Calcutta medical institutions reports 1879-81 [i.e.91]
Year: 1879
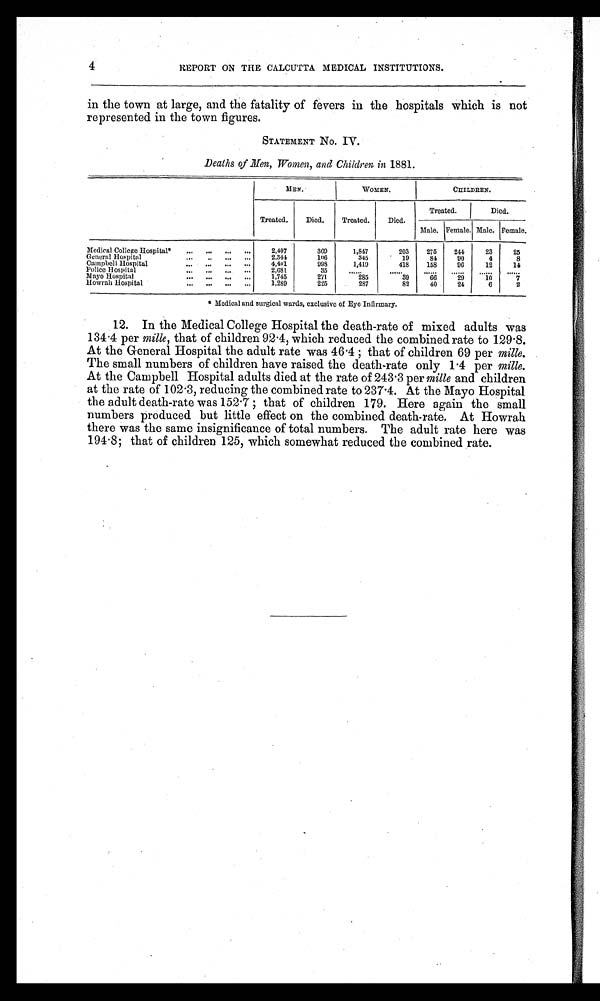
4
REPORT ON THE CALCUTTA MEDICAL INSTITUTIONS.
in the town at large, and the fatality of fevers in the hospitals which is not
represented in the town figures.
STATEMENT No. IV.
Deaths of Men, Women, and Children in 1881.
MEN.
WOMEN.
CHILDREN.
Treated.
Died.
Treated.
Died.
Treated.
Died.
Male. Female. Male. Female.
Medical College Hospital*
2,407
369
1,847
203
275
244
23
25
General Hospital
2,341
106
345
19
84
90
4
8
Campbell Hospital
4,401
998
1,419
418
158
9 6
1 2
14
Police Hospital
2,681
35
. . . . . .
. . . . . .
. . . . . .
. . . . . .
. . . . . .
. . . . . .
Mayo Hospital
1,745
271
285
3 9
6 6
2 9
10
7
Howrah Hospital
1,289
225
287
82
40
24
6
2
* Medical and surgical wards, exclusive of Eye Infirmary.
12. In the Medical College Hospital the death-rate of mixed adults was
134 .4 per mile, that of children 92.4, which reduced the combined rate to 129.8.
At the General Hospital the adult rate was 46.4; that of children 69 perm i l e .
The small numbers of children have raised the death-rate only 1.4 per mile.
At the Campbell Hospital adults died at the rate of 243.3 per mile and children
at the rate of 102.3, reducing the combined rate to 237.4. At the Mayo Hospital
the adult death-rate was 152.7; that of children 179. Here again the small
numbers produced but little effect on the combined death-rate. At Howrah
there was the same insignificance of total numbers. The adult rate here was
194.8; that of children 125, which somewhat reduced the combined rate.